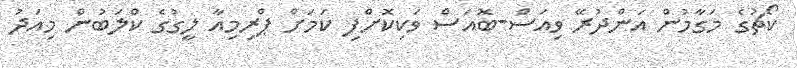
ކޯޗުގެ މަގާމުން އަންދުރޭ ވިއަސް-ބޮއަސް ވަކިކޮށްފި ކަމަށް ޕްރިމިއާ ލީގުގެ ކްލަބުން މިއަދު